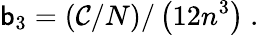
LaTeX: \mathsf{b}_{3}=\left(\mathcal{{C}}/N\right)/\left(12n^{3}\right)\ .